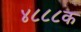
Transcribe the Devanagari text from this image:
४८८८क